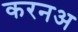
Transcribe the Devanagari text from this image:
करनअ